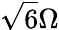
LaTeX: \sqrt{6}\Omega